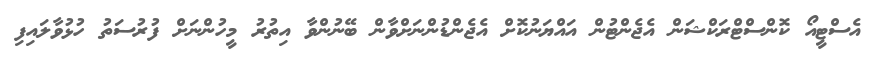
އެސްޓީއޯ ކޮންސްޓްރަކްޝަން އެޖެންޓުން އައްޔަނުކޮށް އެޖެންޑުންނަށްވާން ބޭނުންވާ އިތުރު މީހުންނަށް ފުރުސަތު ހުޅުވާލައިފި